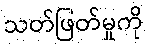
သတ်ဖြတ်မှုကို